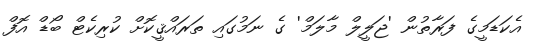
އެކަޑަމީގެ ފަރާތުން 'ޖަލީލް މާލަމް' ގެ ނަމުގައި ތަރައްޤީކޮށް ކުރިކެޓް ބޯޑް އޮފް